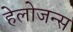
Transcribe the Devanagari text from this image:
हेलोजन्स